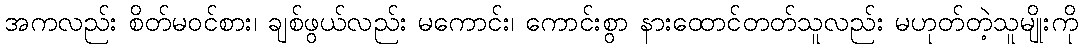
အကလည်း စိတ်မဝင်စား၊ ချစ်ဖွယ်လည်း မကောင်း၊ ကောင်းစွာ နားထောင်တတ်သူလည်း မဟုတ်တဲ့သူမျိုးကို